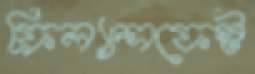
ফ্রিল্যান্সফেস্ট